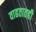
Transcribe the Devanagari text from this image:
वाढतातही